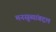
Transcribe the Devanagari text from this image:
मनसूब्यांबद्दल